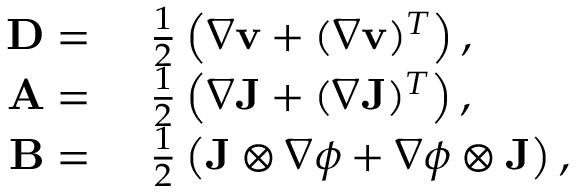
\begin{array} { r l } { \mathbf { D } = } & { { } ~ \frac { 1 } { 2 } \left( \nabla \mathbf { v } + ( \nabla \mathbf { v } ) ^ { T } \right) , } \\ { \mathbf { A } = } & { { } ~ \frac { 1 } { 2 } \left( \nabla \mathbf { J } + ( \nabla \mathbf { J } ) ^ { T } \right) , } \\ { \mathbf { B } = } & { { } ~ \frac { 1 } { 2 } \left( \mathbf { J } \otimes \nabla \phi + \nabla \phi \otimes \mathbf { J } \right) , } \end{array}